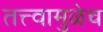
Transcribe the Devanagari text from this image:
तत्त्वामुळेच